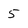
Character: 5